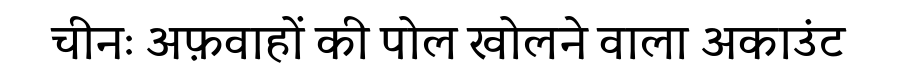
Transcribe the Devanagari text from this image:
चीनः अफ़वाहों की पोल खोलने वाला अकाउंट